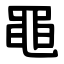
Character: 黽